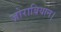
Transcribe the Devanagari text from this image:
ज़ोराबियान।